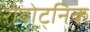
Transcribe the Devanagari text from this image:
रोबोट्निक